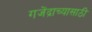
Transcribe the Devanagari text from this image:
गजेंद्राच्यासाठी